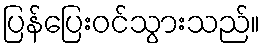
ပြန်ပြေးဝင်သွားသည်။